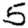
Digit: 5